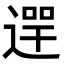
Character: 𨔺